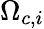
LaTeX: \Omega_{c,i}